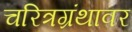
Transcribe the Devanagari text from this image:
चरित्रग्रंथावर